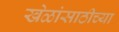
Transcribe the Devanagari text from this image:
खेळांसाठीच्या